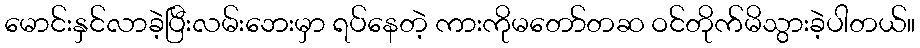
မောင်းနှင်လာခဲ့ပြီးလမ်းဘေးမှာ ရပ်နေတဲ့ ကားကိုမတော်တဆ ဝင်တိုက်မိသွားခဲ့ပါတယ်။